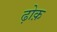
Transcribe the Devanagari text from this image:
ढ़ोक़